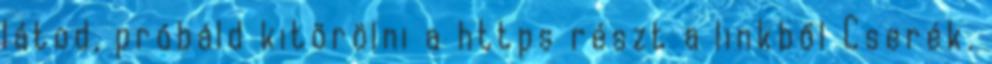
látod, próbáld kitörölni a https részt a linkből Cserék.